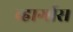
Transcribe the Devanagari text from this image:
व्हार्गास